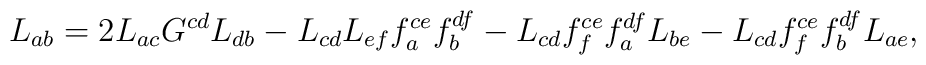
L_{ab}=2L_{ac}G^{cd}L_{db}-L_{cd}L_{ef}f^{ce}_af^{df}_b-L_{cd}f^{ce}_ff^{df}_aL_{be}-L_{cd}f^{ce}_ff^{df}_bL_{ae},